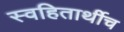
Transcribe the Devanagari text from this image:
स्वहितार्थीच